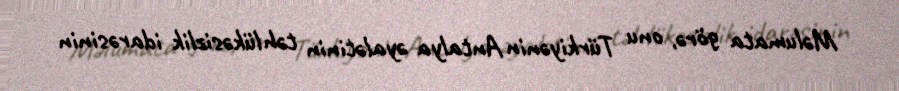
Məlumata görə, onu Türkiyənin Antalya əyalətinin təhlükəsizlik idarəsinin